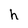
Character: h